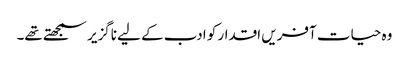
وہ حیات آفریں اقدار کو ادب کے لیے ناگزیر سمجھتے تھے۔